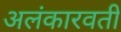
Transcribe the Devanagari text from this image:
अलंकारवती